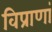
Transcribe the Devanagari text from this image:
विप्राणां